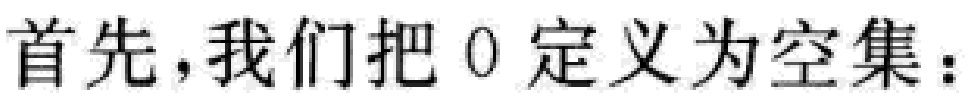
首先，我们把 0 定义为空集：